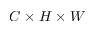
C \times H \times W